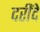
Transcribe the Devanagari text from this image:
दरींदे